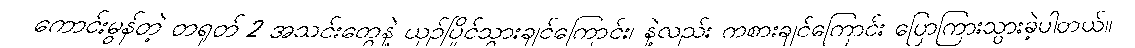
ကောင်းမွန်တဲ့ တရုတ် 2 အသင်းတွေနဲ့ ယှဥ်ပြိုင်သွားချင်ကြောင်း၊ နဲ့လည်း ကစားချင်ကြောင်း ပြောကြားသွားခဲ့ပါတယ်။